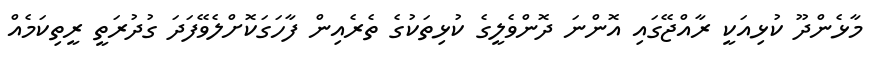
މާޅެންދޫ ކުޅިއަކީ ރާއްޖޭގައި އޮންނަ ދޮންވެލީގެ ކުޅިތަކުގެ ތެރެއިން ފާހަގަކޮށްލެވޭފަދަ ގުދުރަތީ ރީތިކަމެއް